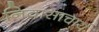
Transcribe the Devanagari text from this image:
निवासाचार्य